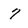
Character: 7